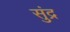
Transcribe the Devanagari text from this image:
सुंद्र